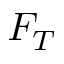
F _ { T }